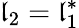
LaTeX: \mathfrak{l}_{2}=\mathfrak{l}_{1}^{\ast}